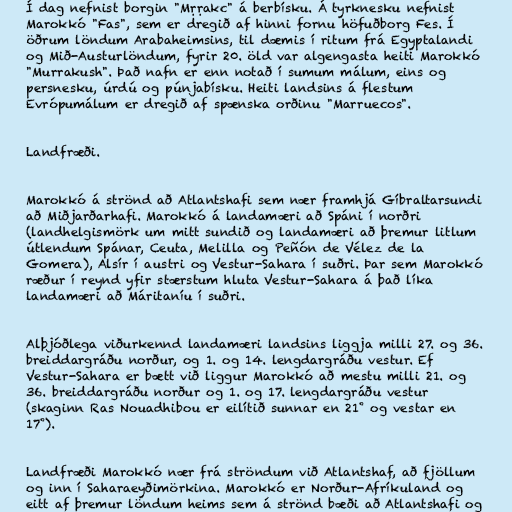
Í dag nefnist borgin "Mṛṛakc" á berbísku. Á tyrknesku nefnist
Marokkó "Fas", sem er dregið af hinni fornu höfuðborg Fes. Í
öðrum löndum Arabaheimsins, til dæmis í ritum frá Egyptalandi
og Mið-Austurlöndum, fyrir 20. öld var algengasta heiti Marokkó
"Murrakush". Það nafn er enn notað í sumum málum, eins og
persnesku, úrdú og púnjabísku. Heiti landsins á flestum
Evrópumálum er dregið af spænska orðinu "Marruecos".

Landfræði.

Marokkó á strönd að Atlantshafi sem nær framhjá Gíbraltarsundi
að Miðjarðarhafi. Marokkó á landamæri að Spáni í norðri
(landhelgismörk um mitt sundið og landamæri að þremur litlum
útlendum Spánar, Ceuta, Melilla og Peñón de Vélez de la
Gomera), Alsír í austri og Vestur-Sahara í suðri. Þar sem Marokkó
ræður í reynd yfir stærstum hluta Vestur-Sahara á það líka
landamæri að Máritaníu í suðri.

Alþjóðlega viðurkennd landamæri landsins liggja milli 27. og 36.
breiddargráðu norður, og 1. og 14. lengdargráðu vestur. Ef
Vestur-Sahara er bætt við liggur Marokkó að mestu milli 21. og
36. breiddargráðu norður og 1. og 17. lengdargráðu vestur
(skaginn Ras Nouadhibou er eilítið sunnar en 21˚ og vestar en
17˚).

Landfræði Marokkó nær frá ströndum við Atlantshaf, að fjöllum
og inn í Saharaeyðimörkina. Marokkó er Norður-Afríkuland og
eitt af þremur löndum heims sem á strönd bæði að Atlantshafi og